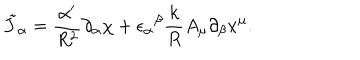
\tilde { J } _ { \alpha } = \frac { \alpha ^ { \prime } } { R ^ { 2 } } \partial _ { \alpha } \chi + { \epsilon _ { \alpha } } ^ { \beta } \frac { k } { R } A _ { \mu } \partial _ { \beta } x ^ { \mu } .